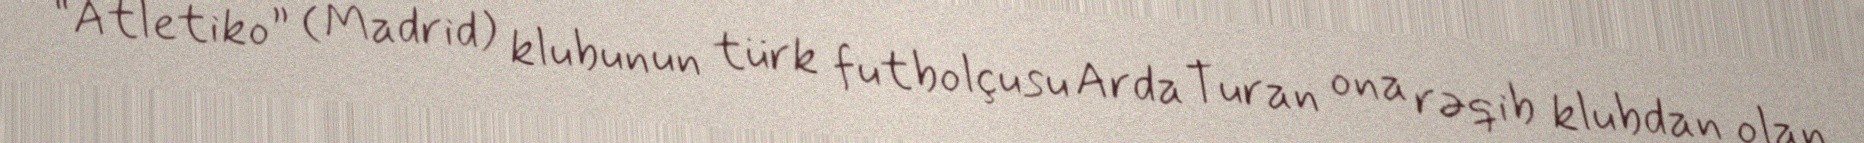
“Atletiko” (Madrid) klubunun türk futbolçusu Arda Turan ona rəqib klubdan olan